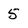
Character: 5